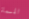
المسماة